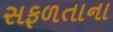
સફળતાના